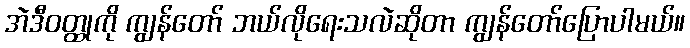
အဲဒီဝတ္ထုကို ကျွန်တော် ဘယ်လိုရေးသလဲဆိုတာ ကျွန်တော်ပြောပါမယ်။